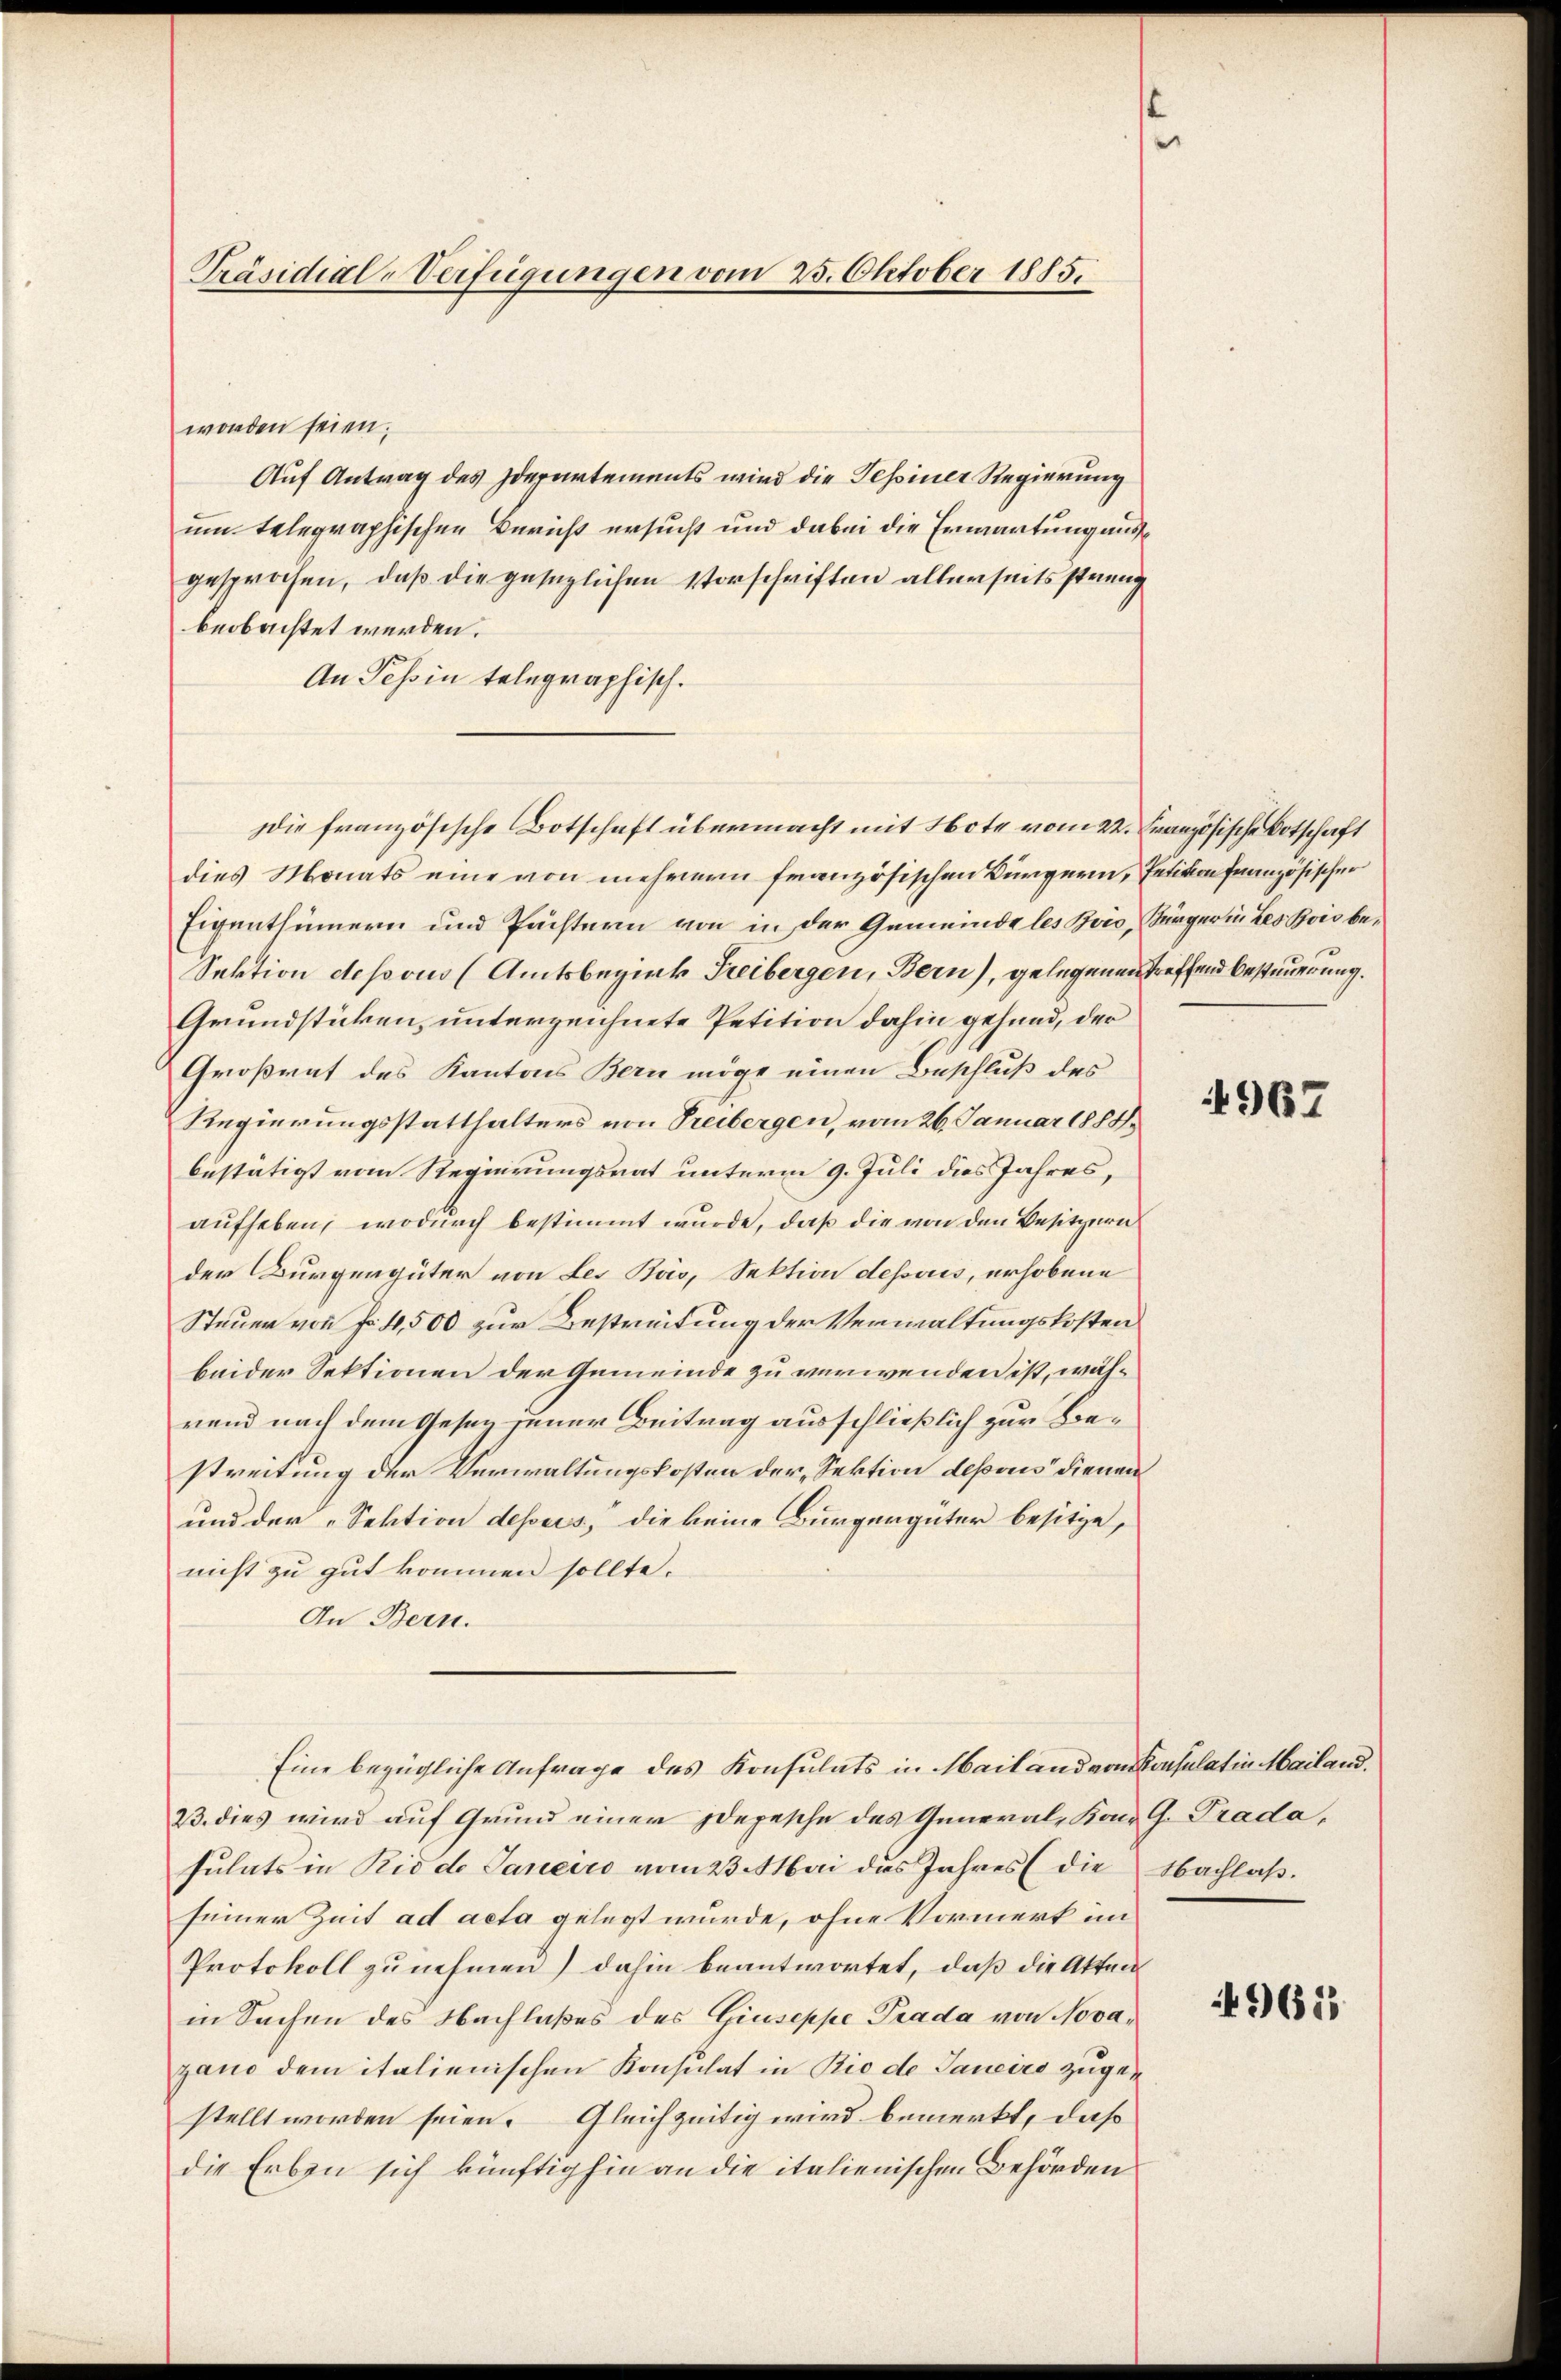
Präsidial-Verfügungen vom 23. Oktober 1885.

worden seien.
Auf Antrag des Idepartements wird die Tessiner Regierung
um telegraphischen Bericht ersucht und dabei die Erwartung ausgesprochen, daß die gesezlichen Vorschriften allerseits steinig
beobachtet werden.
An Tessin telegraphisch.
ie französische Botschaft übermacht mit Note vom 22. Französische Botschaft
dies Monats eine von mehrern französischen Bürgern, Petition französischer
Eigenthümern und Pächtern von in der Gemeinde les Bois, Bürger in Les Bois be¬
Sektion dessous (Amtsbezirk Freibergen, Bern), gelegenen treffend Bestimmerung.
Grundstücken, unterzeichnete Petition dahin gehand, der
Großrat des Kantons Bern möge einen Beschluß des
Regierungsstatthalters von Treibergen, vom 26. Januar 1888.
bestätigt vom Regierungsrat unterm 9. Juli dies Jahres,
aufheben, wodurch bestimmt wurde, daß die von den Besitzern
der Burgergüter von des Bois, Sektion dessoris, erhobene
Steuer von Fr. 4,500 zur Bestreitung der Verwaltungskosten
beider Sektionen der Gemeinde zu verwenden ist, während nach dem Gesag jener Beitrag ausschließlich zur Bestreitung der Verwaltungskosten der „Sektion deponis dienen
und der „Sektion dessers, die keine Bürgergüter besitze,
nicht zu gut kommen sollte.
An Bern.
Eine bezügliche Anfrage des Konsulats in Mailand von Konsulatin Mailand.
23. dies wird auf Grund einer Idepesche des General, Kann G. Trada,
sulats in Rio de Janeiro vom 23. Mai das Jahres (die Nachlaß.
seiner Zeit ad acta gelegt wurde, ohne Vormerk im
Protokoll zunehmen) dahin beantwortet, daß die Atten
in Sachen des Nachlaßes des Giuseppe Prada von Novazano dem italienischen Konsulat in Rio de Janeiro zugestellt worden seien. Gleichzeitig wird bemerkt, daß
die Erben sich künftighin an die italienischen Behörden

4967

49623